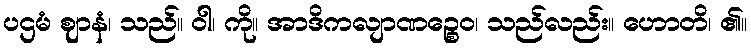
ပဌမံ ဈာနံ၊ သည်။ ဝါ၊ ကို။ အာဒိကလျာဏဉ္စေဝ၊ သည်လည်း။ ဟောတိ၊ ၏။